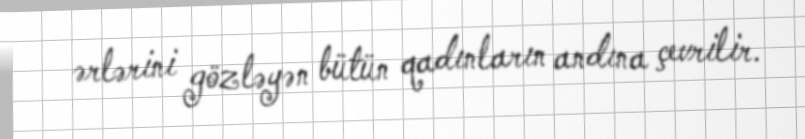
ərlərini gözləyən bütün qadınların andına çevrilir.